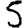
Digit: 5